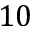
1 0